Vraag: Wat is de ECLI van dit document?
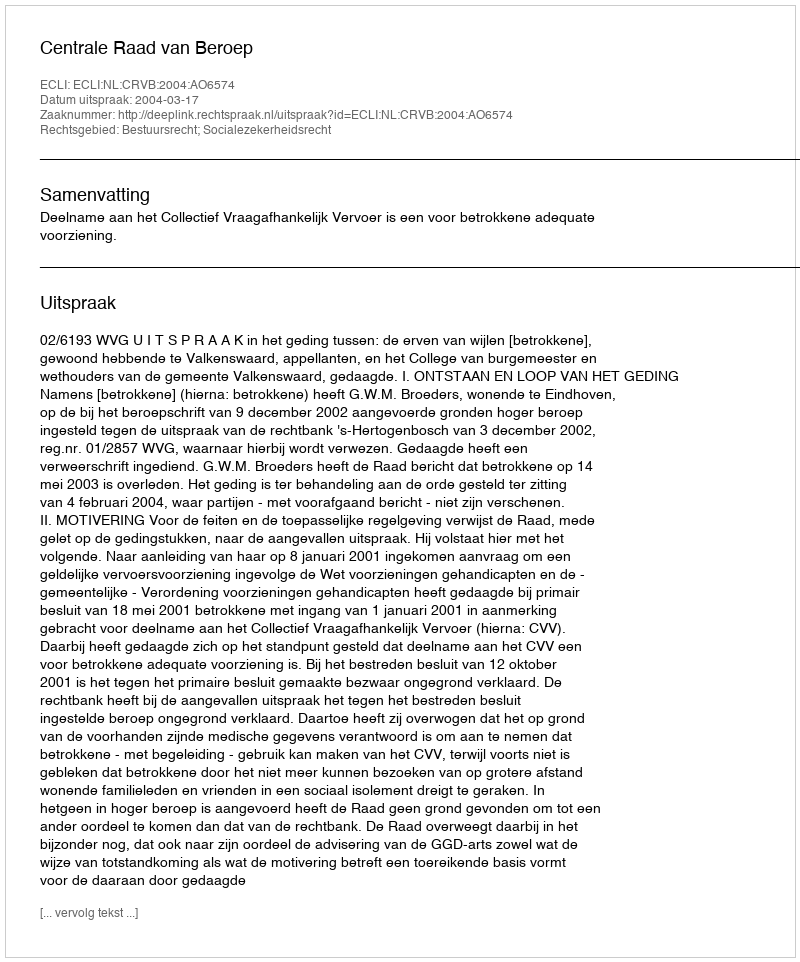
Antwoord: ECLI:NL:CRVB:2004:AO6574